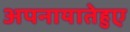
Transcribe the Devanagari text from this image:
अपनायातेहुए